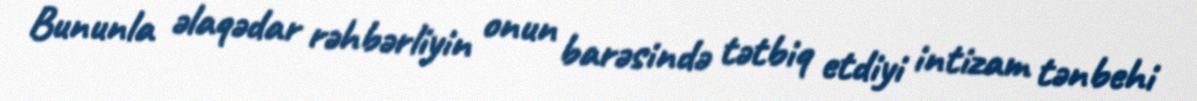
Bununla əlaqədar rəhbərliyin onun barəsində tətbiq etdiyi intizam tənbehi